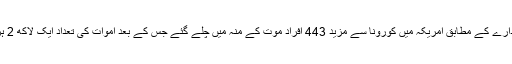
غیرملکی خبررساں ادارے کے مطابق امریکہ میں کورونا سے مزید 443 افراد موت کے منہ میں چلے گئے جس کے بعد اموات کی تعداد ایک لاکھ 2 ہزار سے زائد ہو گئی۔